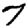
Digit: 7